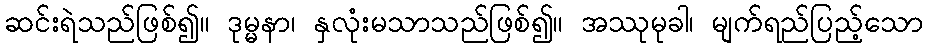
ဆင်းရဲသည်ဖြစ်၍။ ဒုမ္မနာ၊ နှလုံးမသာသည်ဖြစ်၍။ အဿုမုခါ၊ မျက်ရည်ပြည့်သော